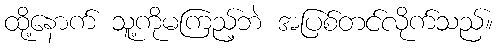
ထို့နောက် သူ့ကိုမကြည့်ဘဲ အပြစ်တင်လိုက်သည်။